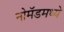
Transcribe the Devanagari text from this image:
नोमॅडमध्ये